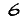
Digit: 6